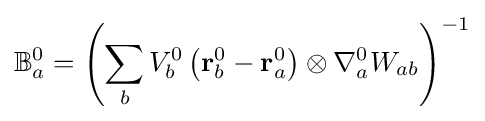
\mathbb {B} _{a}^{0}=\left(\sum _{b}V_{b}^{0}\left(\mathbf {r} _{b}^{0}-\mathbf {r} _{a}^{0}\right)\otimes \nabla _{a}^{0}W_{ab}\right)^{-1}